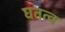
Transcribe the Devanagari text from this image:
घतत्व